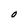
Character: O